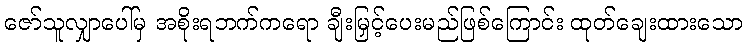
ဇော်သူလျှာပေါ်မှ အစိုးရဘက်ကရော ချီးမြှင့်ပေးမည်ဖြစ်ကြောင်း ထုတ်ချေးထားသော